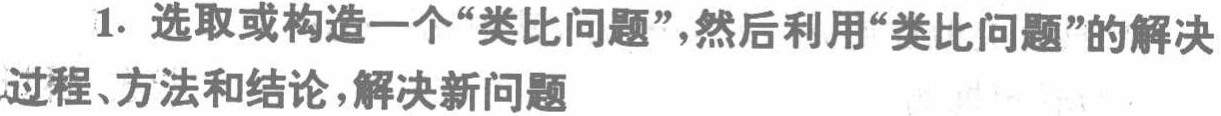
1. 选取或构造一个“类比问题”，然后利用“类比问题”的解决过程、方法和结论，解决新问题